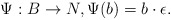
\begin{align*}\Psi: B \to N, \Psi(b) = b\cdot \epsilon.\end{align*}